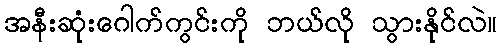
အနီးဆုံးဂေါက်ကွင်းကို ဘယ်လို သွားနိုင်လဲ။